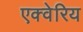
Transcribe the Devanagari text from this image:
एक्वेरिय